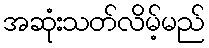
အဆုံးသတ်လိမ့်မည်